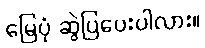
မြေပုံ ဆွဲပြပေးပါလား။